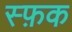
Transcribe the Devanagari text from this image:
स्फ़क